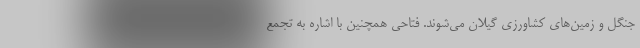
جنگل و زمین‌های کشاورزی گیلان می‌شوند. فتاحی همچنین با اشاره به تجمع